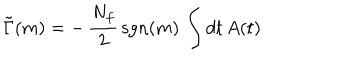
\tilde { \Gamma } ( m ) = - \, \frac { N _ { f } } { 2 } \, \mathrm { s g n } ( m ) \, \int d t \, A ( t )